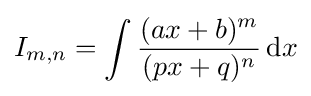
I_{m,n}=\int {\frac {(ax+b)^{m}}{(px+q)^{n}}}\,{\text{d}}x\,\!